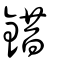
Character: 錯